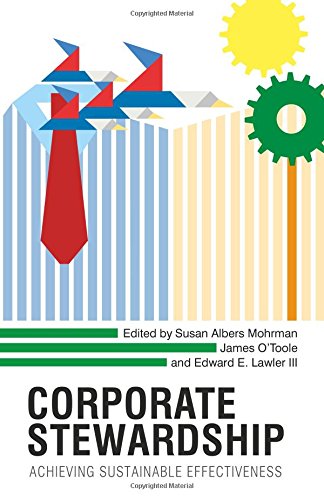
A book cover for Corporate Stewardship: Achieving Sustainable Effectiveness; Business & Money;